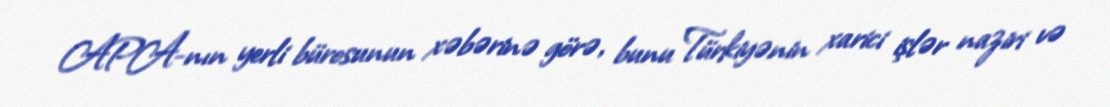
APA-nın yerli bürosunun xəbərinə görə, bunu Türkiyənin xarici işlər naziri və